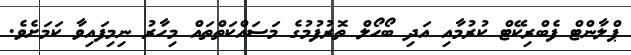
ޕްލާންޓް ފެބްރިކޭޓް ކުރުމާއި އަދި ބޯހޯލް ތޮރުފުމުގެ މަސައްކަތްތައް މިހާރު ނިމިފައިވާ ކަމަށެވެ.